Report on lock hospitals in British Burma
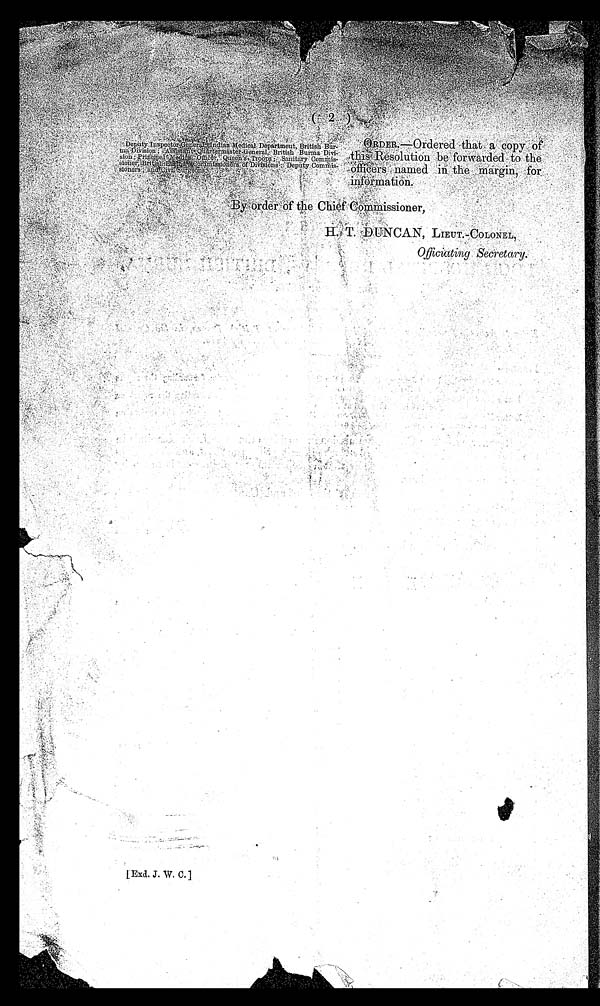
( 2 )
D e p u t y I n s p e c t o r - G e n e r a l , I n d i a n M a d i c a l D e p a r t m e u t , B r i t i s h B u r - m a D i v i s i o n ; A s s i s t a n t Q u a r t e r m a s t e r - G e n e r a l , B r i t i s h B u r m a D i v i - s i o n ; P r i n c i p a l M e d i c a l O f f i c e r , Q u e e n , s T r o o p s ; S a n i t a r y C o m m i s - s i o n e r ; B r i t i s h B u r m a C o m m i s s i o n e r s o f D i v i s i o n s ; D e p u t y C o m m i s - s i o n e r s ; a n d C i v i l S u r g e o n s .
ORDER. —Ordered t hat a copy of t hi s Resol ut i on be forwarded t o t he offi cers named i n t he margi n, for i nformat i on.
B y o r d e r o f
t h e C h i e f C o m m i s s i o n e r ,
H . T . D U N G A N , L I E U T . - C O L O N E L ,
O f f i c i a t i n g S e c r e t a r y .
LExd. 3. W. 0,1